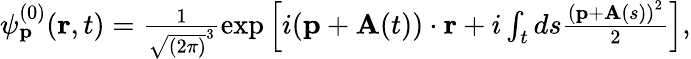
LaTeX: \begin{array}{r}{\psi_{\mathbf{p}}^{(0)}(\mathbf{r},t)=\frac{1}{\sqrt{(2\pi)}^{3}}\exp\left[i(\mathbf{p}+\mathbf{A}(t))\cdot\mathbf{r}+i\int_{t}ds\frac{\left(\mathbf{p}+\mathbf{A}(s)\right)^{2}}{2}\right],}\end{array}